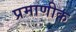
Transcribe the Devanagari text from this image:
प्रमाणीक